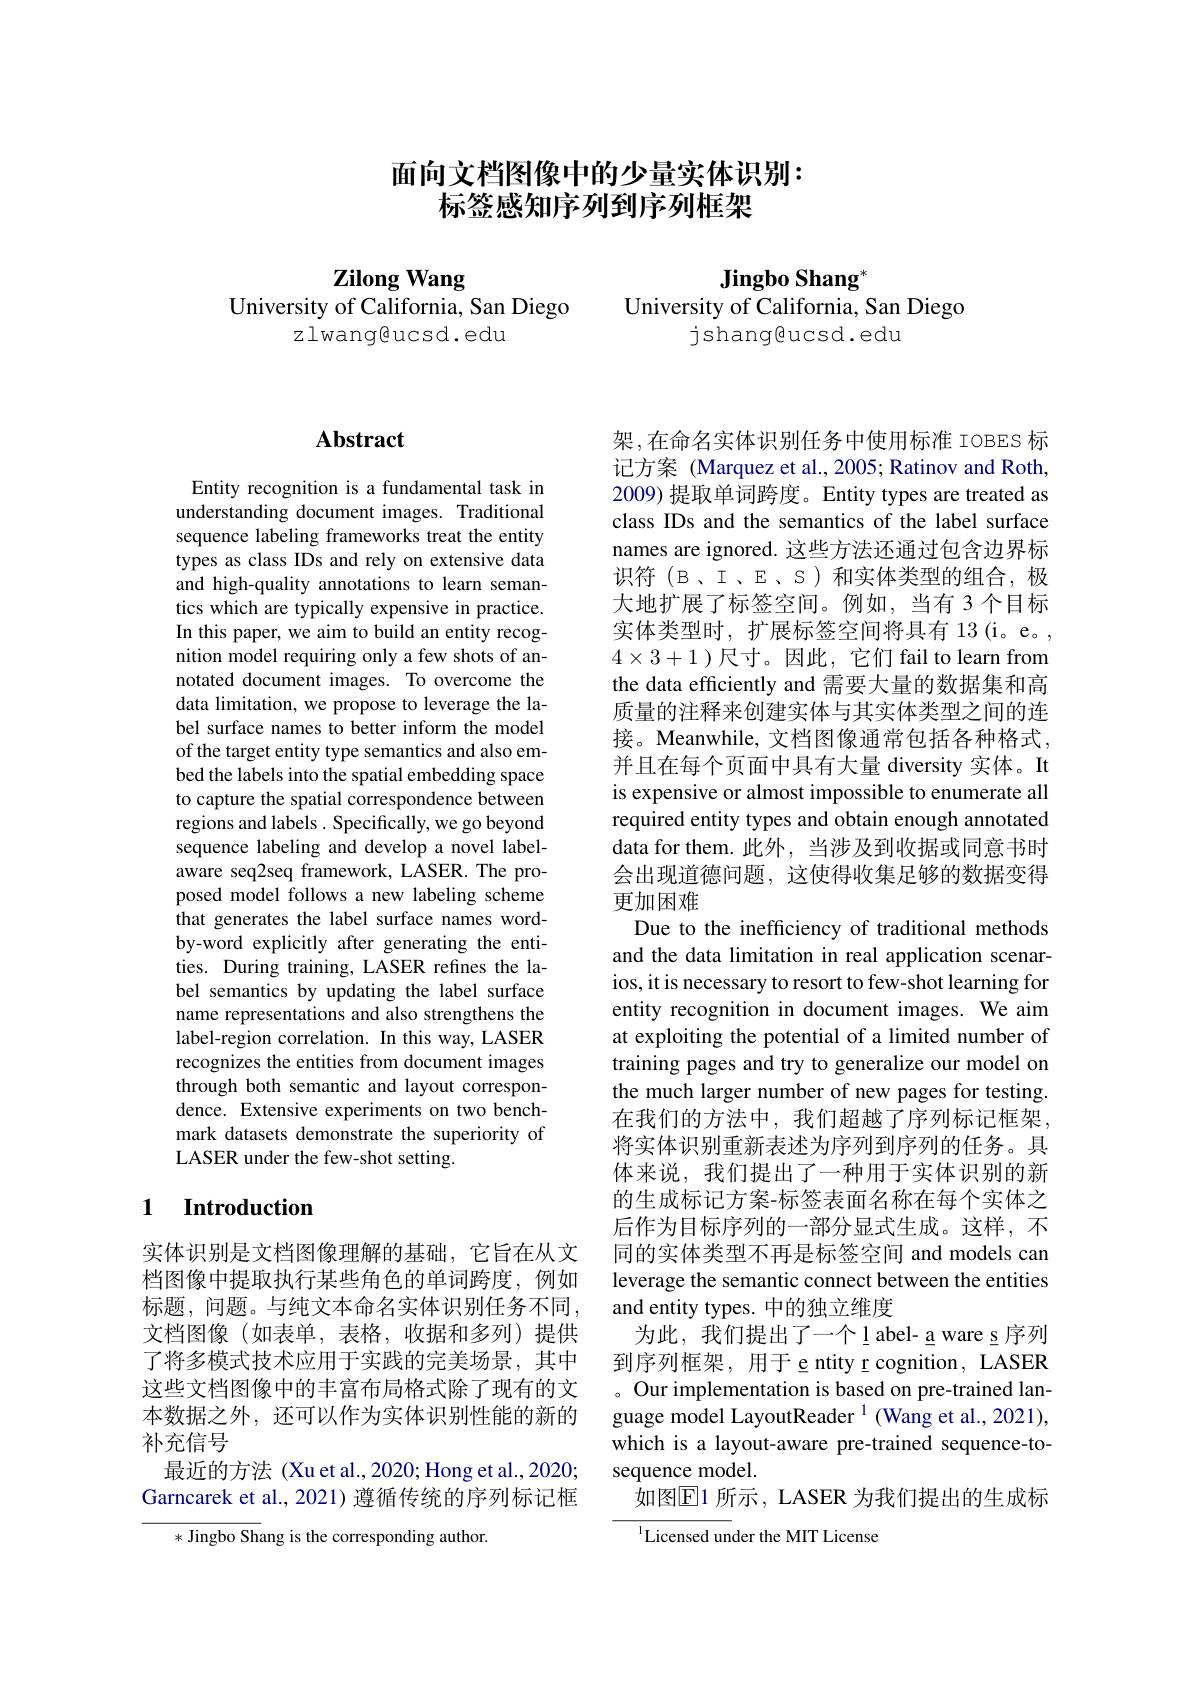
## 面向文档图像中的少量实体识别： 标签感知序列到序列框架

# $\mathbf{ZilongWang}$
University of California, San Diego
## zlwang@ucsd.edu

Jingbo Shang"
University of California, San Diego
jshang@ucsd.edu

## $\mathbf{Abstract}$

Entity recognition is a fundamental task in understanding document images. Traditional sequence labeling frameworks treat the entity types as class IDs and rely on extensive data and high-quality annotations to learn semantics which are typically expensive in practice. In this paper, we aim to build an entity recognition model requiring only a few shots of annotated document images. To overcome the data limitation, we propose to leverage the label surface names to better inform the model of the target entity type semantics and also embed the labels into the spatial embedding space to capture the spatial correspondence between regions and labels . Specifically, we go beyond sequence labeling and develop a novel labelaware seq2seq framework, LASER. The proposed model follows a new labeling scheme that generates the label surface names wordby-word explicitly after generating the entities. During training, LASER refines the label semantics by updating the label surface name representations and also strengthens the label-region correlation. In this way, LASER recognizes the entities from document images through both semantic and layout correspondence. Extensive experiments on two benchmark datasets demonstrate the superiority of LASER under the few-shot setting.

### 1 Introduction

实体识别是文档图像理解的基础，它旨在从文档图像中提取执行某些角色的单词跨度，例如标题，问题。与纯文本命名实体识别任务不同， 文档图像(如表单，表格，收据和多列)提供了将多模式技术应用于实践的完美场景，其中这些文档图像中的丰富布局格式除了现有的文本数据之外，还可以作为实体识别性能的新的补充信号
最近的方法 (Xu et al., 2020; Hong et al., 2020; Garncarek et al., 2021) 遵循传统的序列标记框
* Jingbo Shang is the corresponding author.

架，在命名实体识别任务中使用标准 IOBES 标记方案 (Marquez et al., 2005; Ratinov and Roth, 2009) 提取单词跨度。Entity types are treated as class IDs and the semantics of the label surface names are ignored. 这些方法还通过包含边界标识符(B、I、E、S)和实体类型的组合，极大地扩展了标签空间。例如，当有 3 个目标实体类型时，扩展标签空间将具有 13(i。e。, $4\times3+1$ )尺寸。因此，它们 fail to learn from the data efficiently and 需要大量的数据集和高质量的注释来创建实体与其实体类型之间的连接。Meanwhile, 文档图像通常包括各种格式， 并且在每个页面中具有大量 diversity 实体。It is expensive or almost impossible to enumerate all required entity types and obtain enough annotated data for them.此外，当涉及到收据或同意书时会出现道德问题，这使得收集足够的数据变得更加困难
Due to the inefficiency of traditional methods and the data limitation in real application scenarios, it is necessary to resort to few-shot learning for entity recognition in document images. We aim at exploiting the potential of a limited number of training pages and try to generalize our model on the much larger number of new pages for testing 在我们的方法中，我们超越了序列标记框架将实体识别重新表述为序列到序列的任务。具体来说，我们提出了一种用于实体识别的新的生成标记方案-标签表面名称在每个实体之后作为目标序列的一部分显式生成。这样，不同的实体类型不再是标签空间 and models can leverage the semantic connect between the entities and entity types. 中的独立维度
为此，我们提出了一个$\underline{l}abel-\underline{a}ware\underline{s}序列$ 到序列框架，用于 e ntity r cognition, LASER 。Our implementation is based on pre-trained language model LayoutReader $^{1}$ (Wang et al., 2021), which is a layout-aware pre-trained sequence-tosequence model.
如图$\mathbb{E}$1 所示，LASER 为我们提出的生成标
Licensed under the MIT License